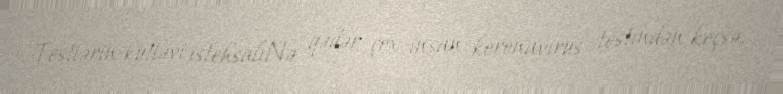
Testlərin kütləvi istehsalıNə qədər çox insan koronavirus testindən keçsə,